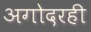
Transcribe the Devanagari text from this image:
अगोदरही